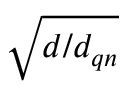
\sqrt { d / d _ { { \boldsymbol q } n } }